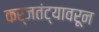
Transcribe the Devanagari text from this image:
कर्जतंट्यावरून